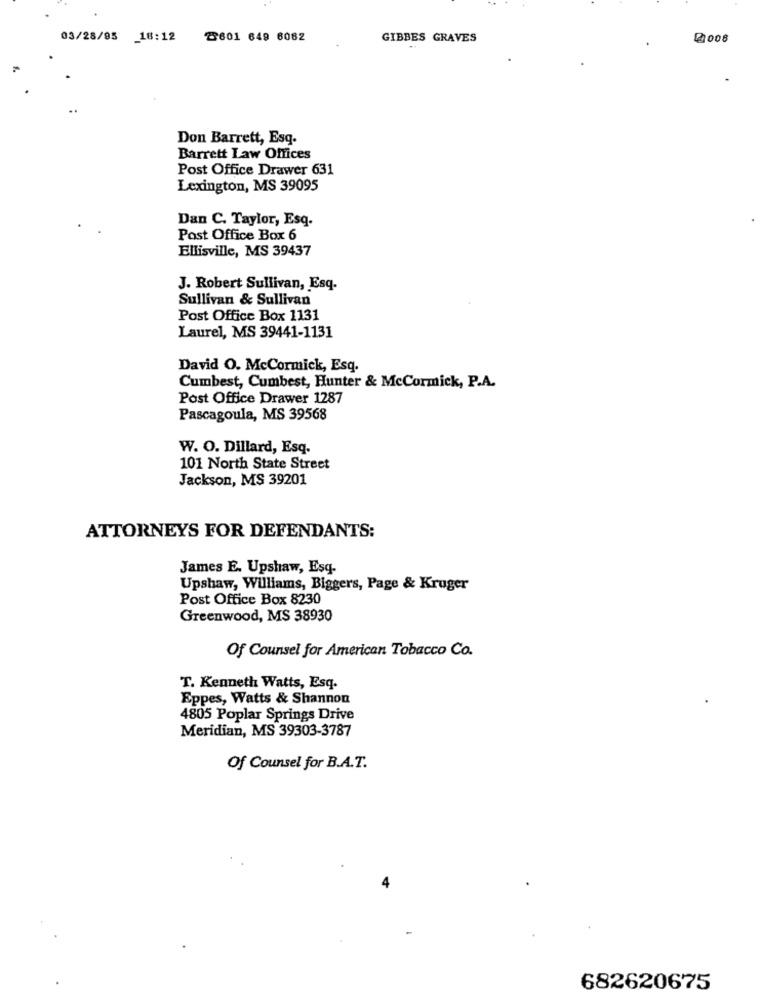
03/28/95 18:12
2601 649 6082
GIBBES GRAVES
2008
Don Barrett, Esq.
Barrett Law Offices
Post Office Drawer 631
Lexington, MS 39095
Dan C. Taylor, Esq.
Post Office Box 6
Ellisville, MS 39437
J. Robert Sullivan, Esq.
Sullivan & Sullivan
Post Office Box 1131
Laurel, MS 39441-1131
David O. McCormick, Esq.
Cumbest, Cumbest, Hunter & McCormick, P.A.
Post Office Drawer 1287
Pascagoula, MS 39568
W. O. Dillard, Esq.
101 North State Street
Jackson, MS 39201
ATTORNEYS FOR DEFENDANTS:
James E. Upshaw, Esq.
Upshaw, Williams, Biggers, Page & Kruger
Post Office Box 8230
Greenwood, MS 38930
Of Counsel for American Tobacco Co.
T. Kenneth Watts, Esq.
Eppes, Watts & Shannon
4805 Poplar Springs Drive
Meridian, MS 39303-3787
Of Counsel for B.A.T.
682620675